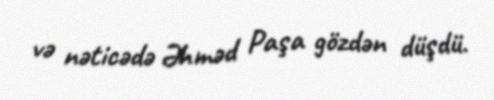
və nəticədə Əhməd Paşa gözdən düşdü.